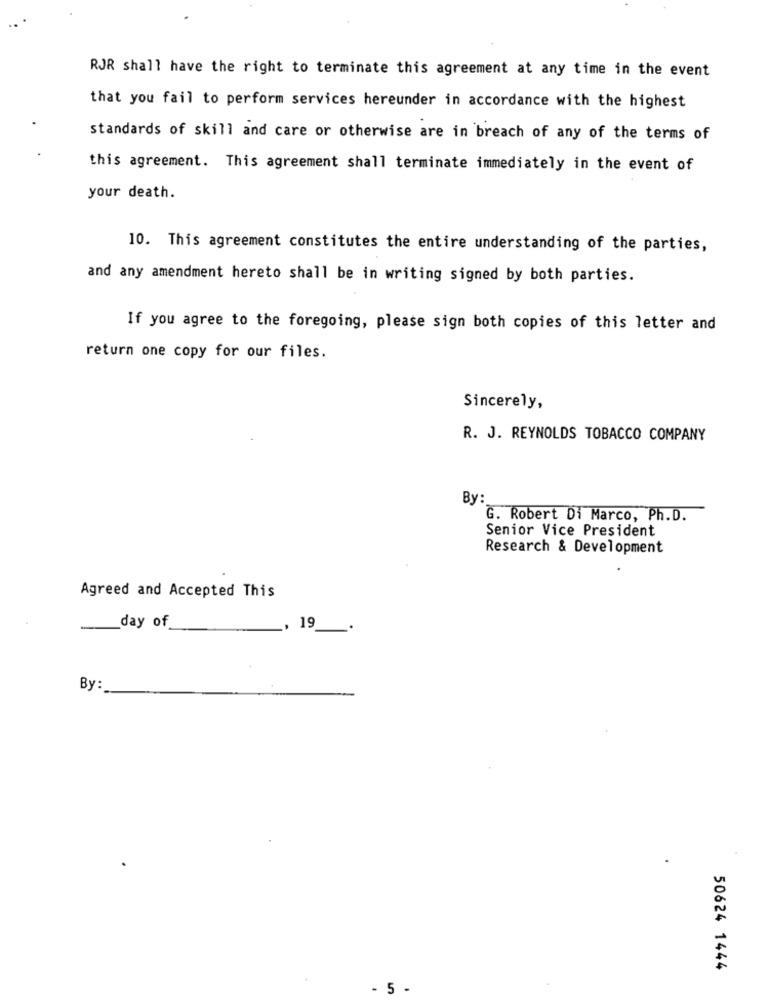
RJR shall have the right to terminate this agreement at any time in the event
that you fail to perform services hereunder in accordance with the highest
standards of skill and care or otherwise are in breach of any of the terms of
this agreement. This agreement shall terminate immediately in the event of
your death.
10. This agreement constitutes the entire understanding of the parties,
and any amendment hereto shall be in writing signed by both parties.
If you agree to the foregoing, please sign both copies of this letter and
return one copy for our files.
Sincerely,
R. J. REYNOLDS TOBACCO COMPANY
By:
G. Robert Di Marco, Ph.D.
Senior Vice President
Research & Development
Agreed and Accepted This
day of
19
By:
50624 1444
- 5 -